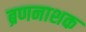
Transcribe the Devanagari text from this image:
ब्रणनाशक